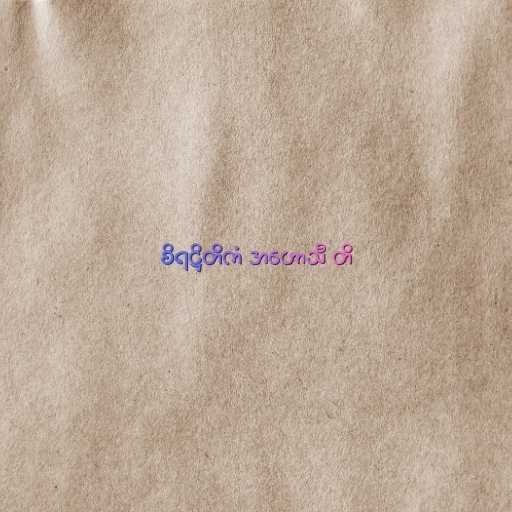
စိရဋ္ဌိတိကံ အဟောသီ တိ